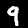
Digit: 9